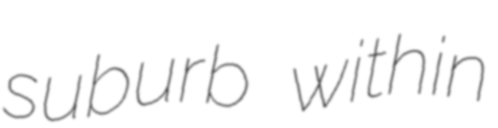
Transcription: suburb within